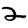
Digit: 2